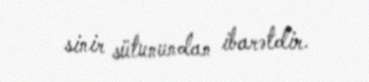
sinir sütunundan ibarətdir.